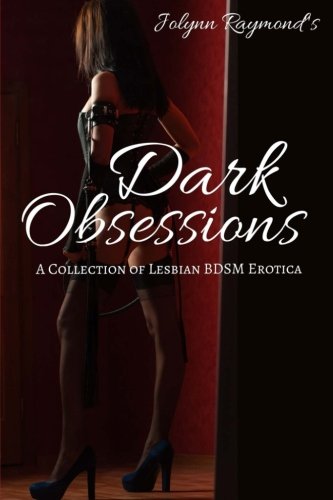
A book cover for Jolynn Raymond's Dark Obsessions: A Collection of Lesbian BDSM Erotica; Jolynn Raymond; Romance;